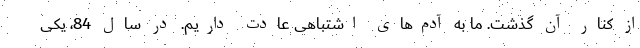
از کنار آن گذشت. ما به آدم‌های اشتباهی عادت داریم. در سال 84، یکی